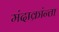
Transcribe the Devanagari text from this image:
मंदाक्रांन्ता